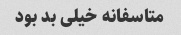
متاسفانه خیلی بد بود